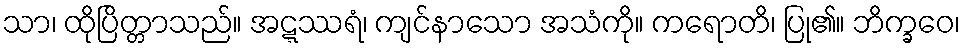
သာ၊ ထိုပြိတ္တာသည်။ အဋ္ဋဿရံ၊ ကျင်နာသော အသံကို။ ကရောတိ၊ ပြု၏။ ဘိက္ခဝေ၊